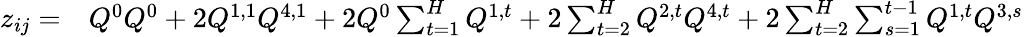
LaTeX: \begin{array}{rl}{z_{ij}=}&{{}Q^{0}Q^{0}+2Q^{1,1}Q^{4,1}+2Q^{0}\sum_{t=1}^{H}Q^{1,t}+2\sum_{t=2}^{H}Q^{2,t}Q^{4,t}+2\sum_{t=2}^{H}\sum_{s=1}^{t-1}Q^{1,t}Q^{3,s}}\end{array}